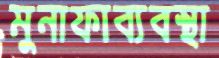
মুনাফাব্যবস্থা